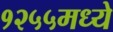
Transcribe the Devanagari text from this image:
१२५५मध्ये